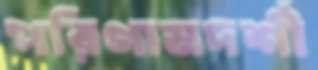
পরিণামদর্শী